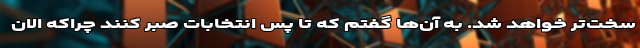
سخت‌تر خواهد شد. به آن‌ها گفتم که تا پس انتخابات صبر کنند چراکه الان